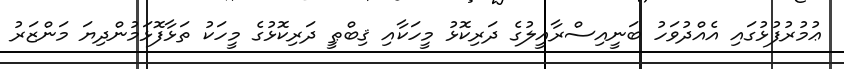
ޢުމުރުފުޅުގައި އެއްދުވަހު ބަނީއިސްރާއީލުގެ ދަރިކޮޅު މީހަކާއި ޤިބްޠީ ދަރިކޮޅުގެ މީހަކު ތަޅާފޮޅަމުންދިޔަ މަންޒަރު